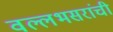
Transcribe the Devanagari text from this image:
वल्लभसरांची